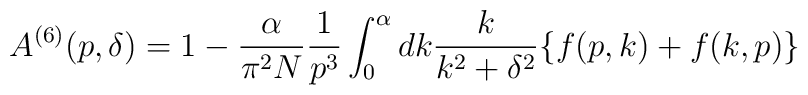
A^{(6)}(p,\delta)=1-\frac{\alpha}{\pi^2N}\frac{1}{p^3}\int_0^\alpha dk \frac{k}{k^2+\delta^2}\{ f(p,k)+f(k,p) \}